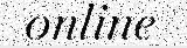
online